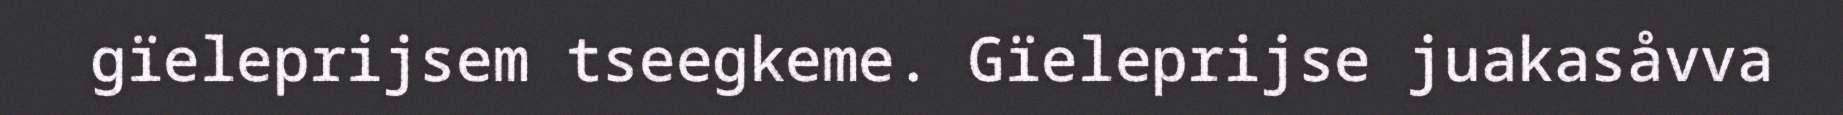
gïeleprijsem tseegkeme. Gïeleprijse juakasåvva